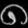
Digit: ၈